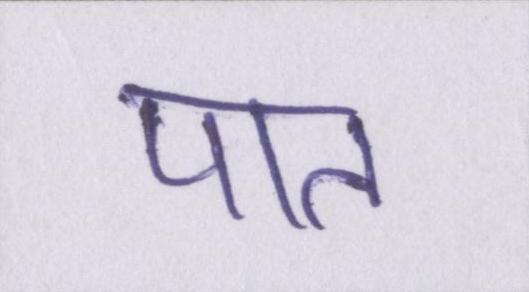
पात